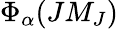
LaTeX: \Phi_{\alpha}(JM_{J})